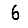
Digit: 6